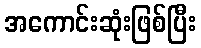
အကောင်းဆုံးဖြစ်ပြီး